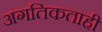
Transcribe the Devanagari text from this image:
अगतिकताही